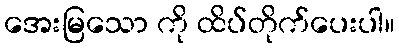
အေးမြသော ကို ထိပ်တိုက်ပေးပါ။